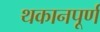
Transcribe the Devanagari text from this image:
थकानपूर्ण